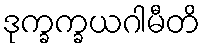
ဒုက္ခက္ခယဂါမီတိ